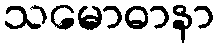
သမောဓာနာ